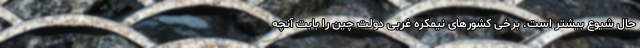
حال شیوع بیشتر است. برخی کشورهای نیمکره غربی دولت چین را بابت آنچه